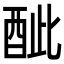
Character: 𨠐